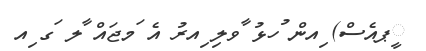
ީޕއެސް) ިއން ުހޅު ާވލި ިއރު އެ ަމޖައް ާލ ަގ ިއ